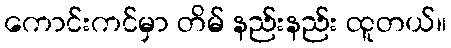
ကောင်းကင်မှာ တိမ် နည်းနည်း ထူတယ်။